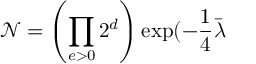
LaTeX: \mathcal { N } = \left( \prod _ { e > 0 } 2 ^ { d } \right) \exp ( - \frac { 1 } { 4 } \bar { \lambda }